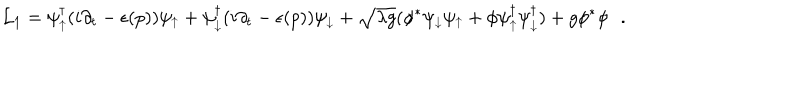
{ \cal L } _ { 1 } = \psi _ { \uparrow } ^ { \dagger } ( i \partial _ { t } - \epsilon ( p ) ) \psi _ { \uparrow } + \psi _ { \downarrow } ^ { \dagger } ( i \partial _ { t } - \epsilon ( p ) ) \psi _ { \downarrow } + \sqrt { \lambda g } ( \phi ^ { * } \psi _ { \downarrow } \psi _ { \uparrow } + \phi \psi _ { \uparrow } ^ { \dagger } \psi _ { \downarrow } ^ { \dagger } ) + g \phi ^ { * } \phi \, \, \, \, .